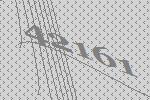
42161